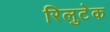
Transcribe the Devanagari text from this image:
रिलुटेक